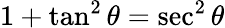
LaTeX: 1+\tan^{2}\theta=\sec^{2}\theta